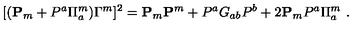
[ ( { \bf P } _ { m } + P ^ { a } \Pi _ { a } ^ { m } ) \Gamma ^ { m } ] ^ { 2 } = { \bf P } _ { m } { \bf P } ^ { m } + P ^ { a } G _ { a b } P ^ { b } + 2 { \bf P } _ { m } P ^ { a } \Pi _ { a } ^ { m } \ .